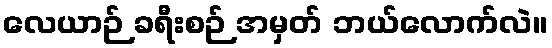
လေယာဉ် ခရီးစဉ် အမှတ် ဘယ်လောက်လဲ။